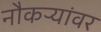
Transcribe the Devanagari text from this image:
नौकऱ्यांवर